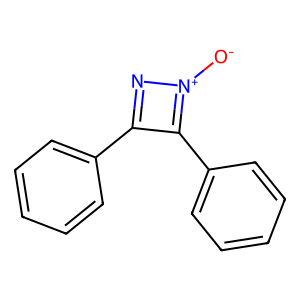
SMILES: [O-][N+]1=C(c2ccccc2)C(c2ccccc2)=N1
Inhibits HIV replication: No